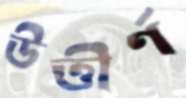
উত্তীর্ণ